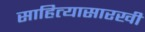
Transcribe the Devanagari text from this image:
साहित्यासारखी